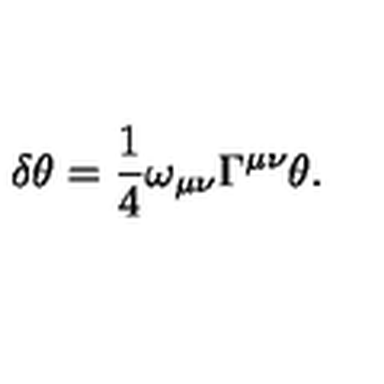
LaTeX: \delta \theta = \frac 1 4 \omega _ { \mu \nu } \Gamma ^ { \mu \nu } \theta .